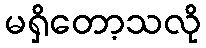
မရှိတော့သလို